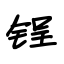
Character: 锃